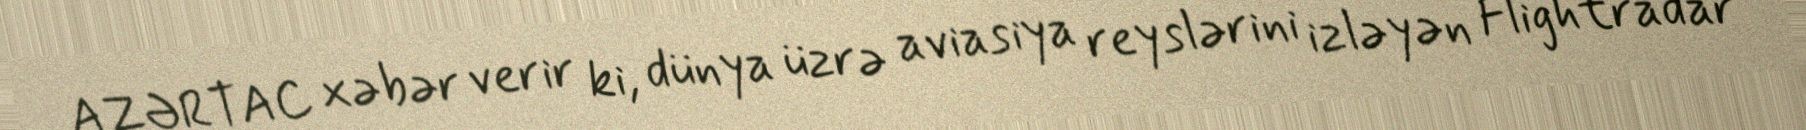
AZƏRTAC xəbər verir ki, dünya üzrə aviasiya reyslərini izləyən Flightradar